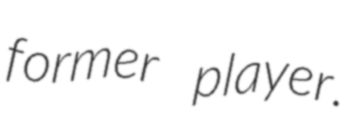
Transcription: former player.